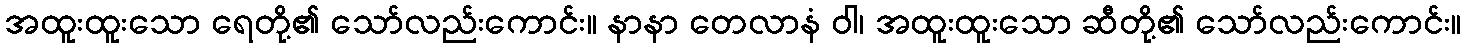
အထူးထူးသော ရေတို့၏ သော်လည်းကောင်း။ နာနာ တေလာနံ ဝါ၊ အထူးထူးသော ဆီတို့၏ သော်လည်းကောင်း။